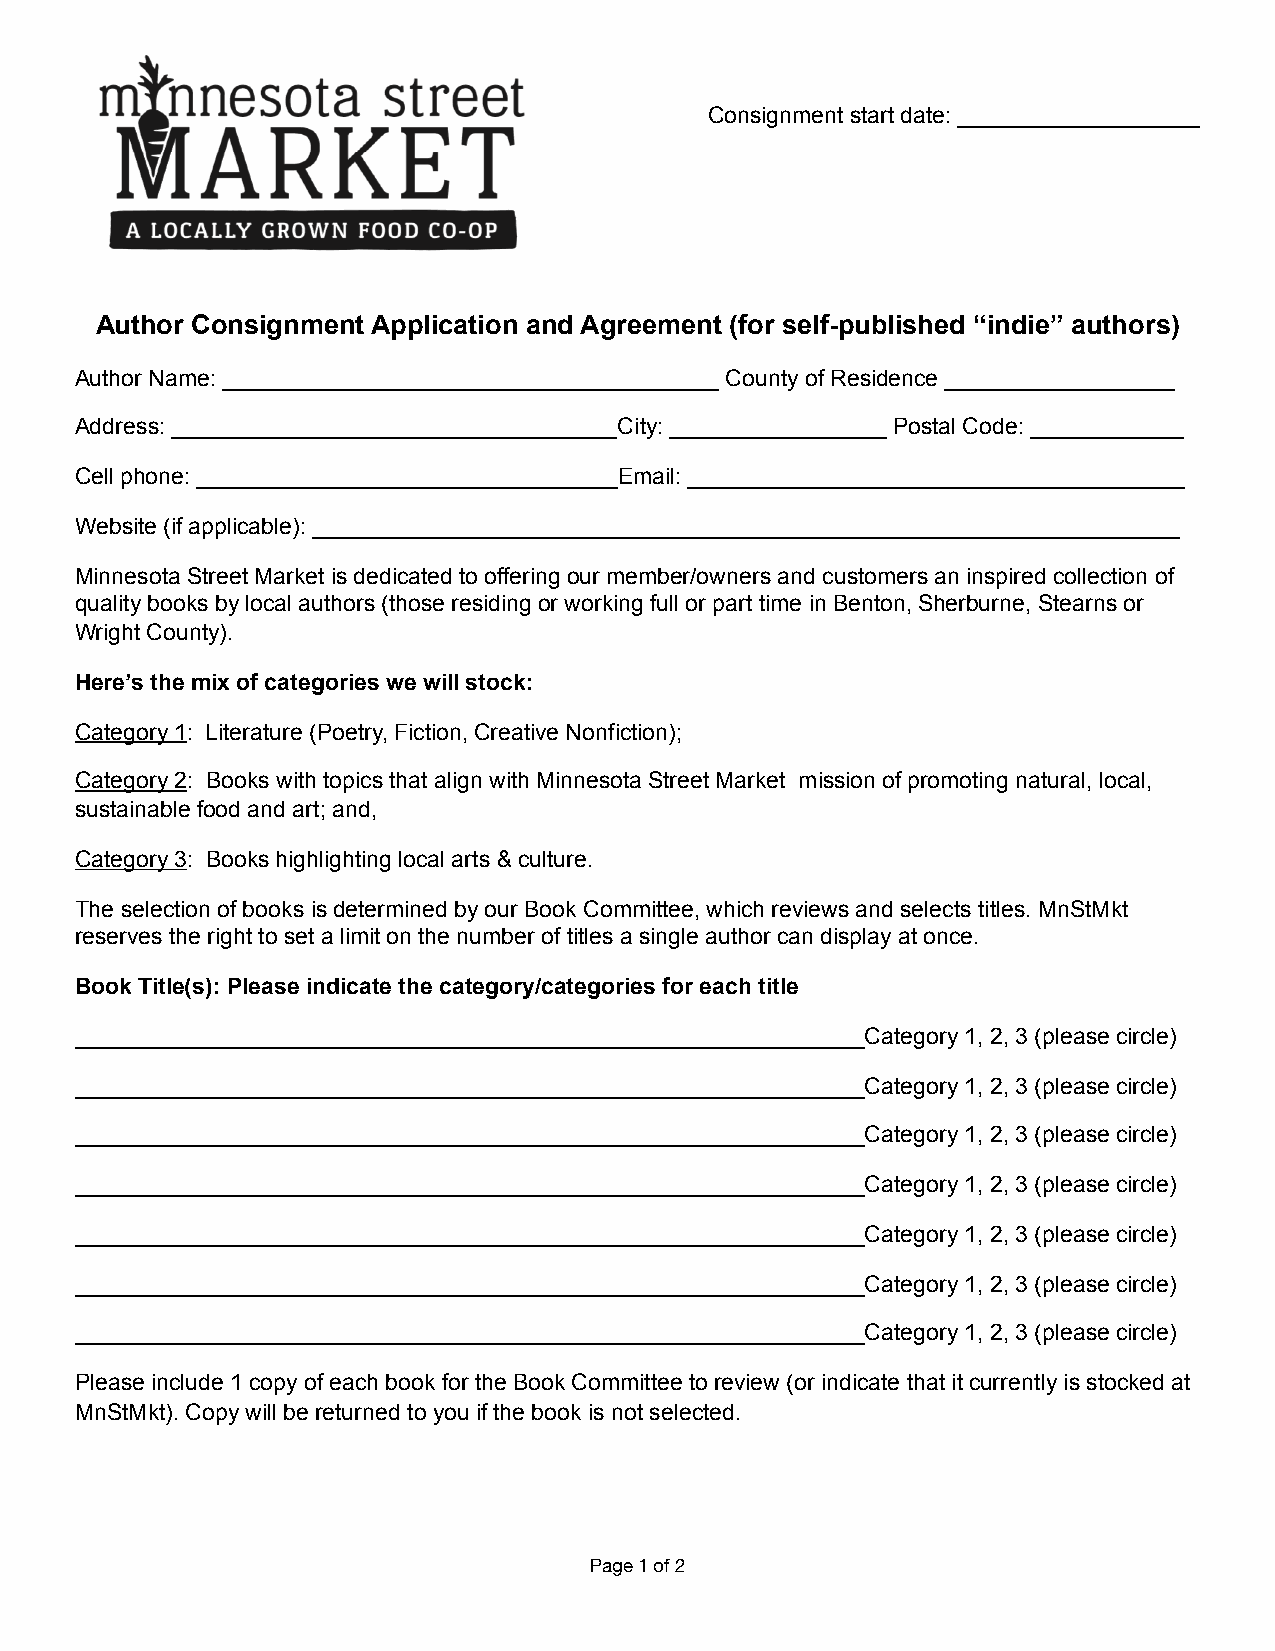
Consignment start date: ___________________
 Author Consignment Application and Agreement (for self-published “indie” authors)
 Author Name: _______________________________________ County of Residence __________________
 Address: ___________________________________City: _________________ Postal Code: ____________
 Cell phone: _________________________________Email: _______________________________________
 Website (if applicable): ____________________________________________________________________
 Minnesota Street Market is dedicated to offering our member/owners and customers an inspired collection of
 quality books by local authors (those residing or working full or part time in Benton, Sherburne, Stearns or
 Wright County).
 Here’s the mix of categories we will stock:
 Category 1: Literature (Poetry, Fiction, Creative Nonfiction);
 Category 2: Books with topics that align with Minnesota Street Market mission of promoting natural, local,
 sustainable food and art; and,
 Category 3: Books highlighting local arts & culture.
 The selection of books is determined by our Book Committee, which reviews and selects titles. MnStMkt
 reserves the right to set a limit on the number of titles a single author can display at once.
 Book Title(s): Please indicate the category/categories for each title
 ______________________________________________________________Category 1, 2, 3 (please circle)
 ______________________________________________________________Category 1, 2, 3 (please circle)
 ______________________________________________________________Category 1, 2, 3 (please circle)
 ______________________________________________________________Category 1, 2, 3 (please circle)
 ______________________________________________________________Category 1, 2, 3 (please circle)
 ______________________________________________________________Category 1, 2, 3 (please circle)
 ______________________________________________________________Category 1, 2, 3 (please circle)
 Please include 1 copy of each book for the Book Committee to review (or indicate that it currently is stocked at
 MnStMkt). Copy will be returned to you if the book is not selected.
 Page 1 of 2